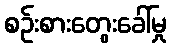
စဉ်းစားတွေးခေါ်မှု